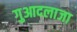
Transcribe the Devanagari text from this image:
गुआदलाजा